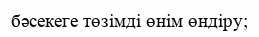
бәсекеге төзімді өнім өндіру;